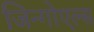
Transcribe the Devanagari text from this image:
जिन्गोएल्स